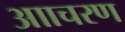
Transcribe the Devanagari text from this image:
आाचरण